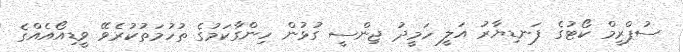
ސުޕްރީމް ކޯޓުގެ ފަނޑިޔާރު އަލީ ހަމީދު ޖިންސީ ގުޅުން ހިންގާކަމުގެ ތުހުމަތުކުރެވޭ ވީޑިއޯއެއްގެ